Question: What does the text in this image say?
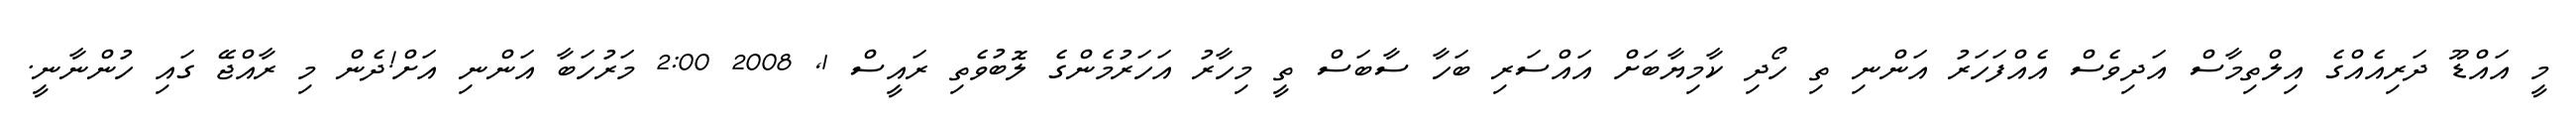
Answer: މީ އައްޑޫ ދަރިއެއްގެ އިލްތިމާސް އަދިވެސް އެއްފަހަރު އަންނި ތި ހޯދި ކާމިޔާބަށް އައްސަރި ބަހާ ސާބަސް ތީ މިހާރު އަހަރުމެންގެ ލޮބުވެތި ރައީސް 1, 2008 2:00 މަރުހަބާ އަންނި އަށް!ދެން މި ރާއްޖޭ ގައި ހުންނާނީ.